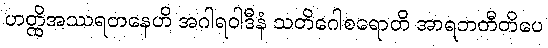
ဟတ္ထိအဿရတနေဟိ အဂါရဝါဒီနံ သတိဂေါစရောတိ အာရဘတီတိပေ